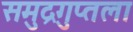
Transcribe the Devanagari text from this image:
समुद्रगुप्तला